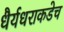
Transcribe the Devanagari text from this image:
धैर्यधराकडेच